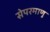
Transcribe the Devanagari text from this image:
सेपरमाणु